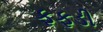
ફફડી